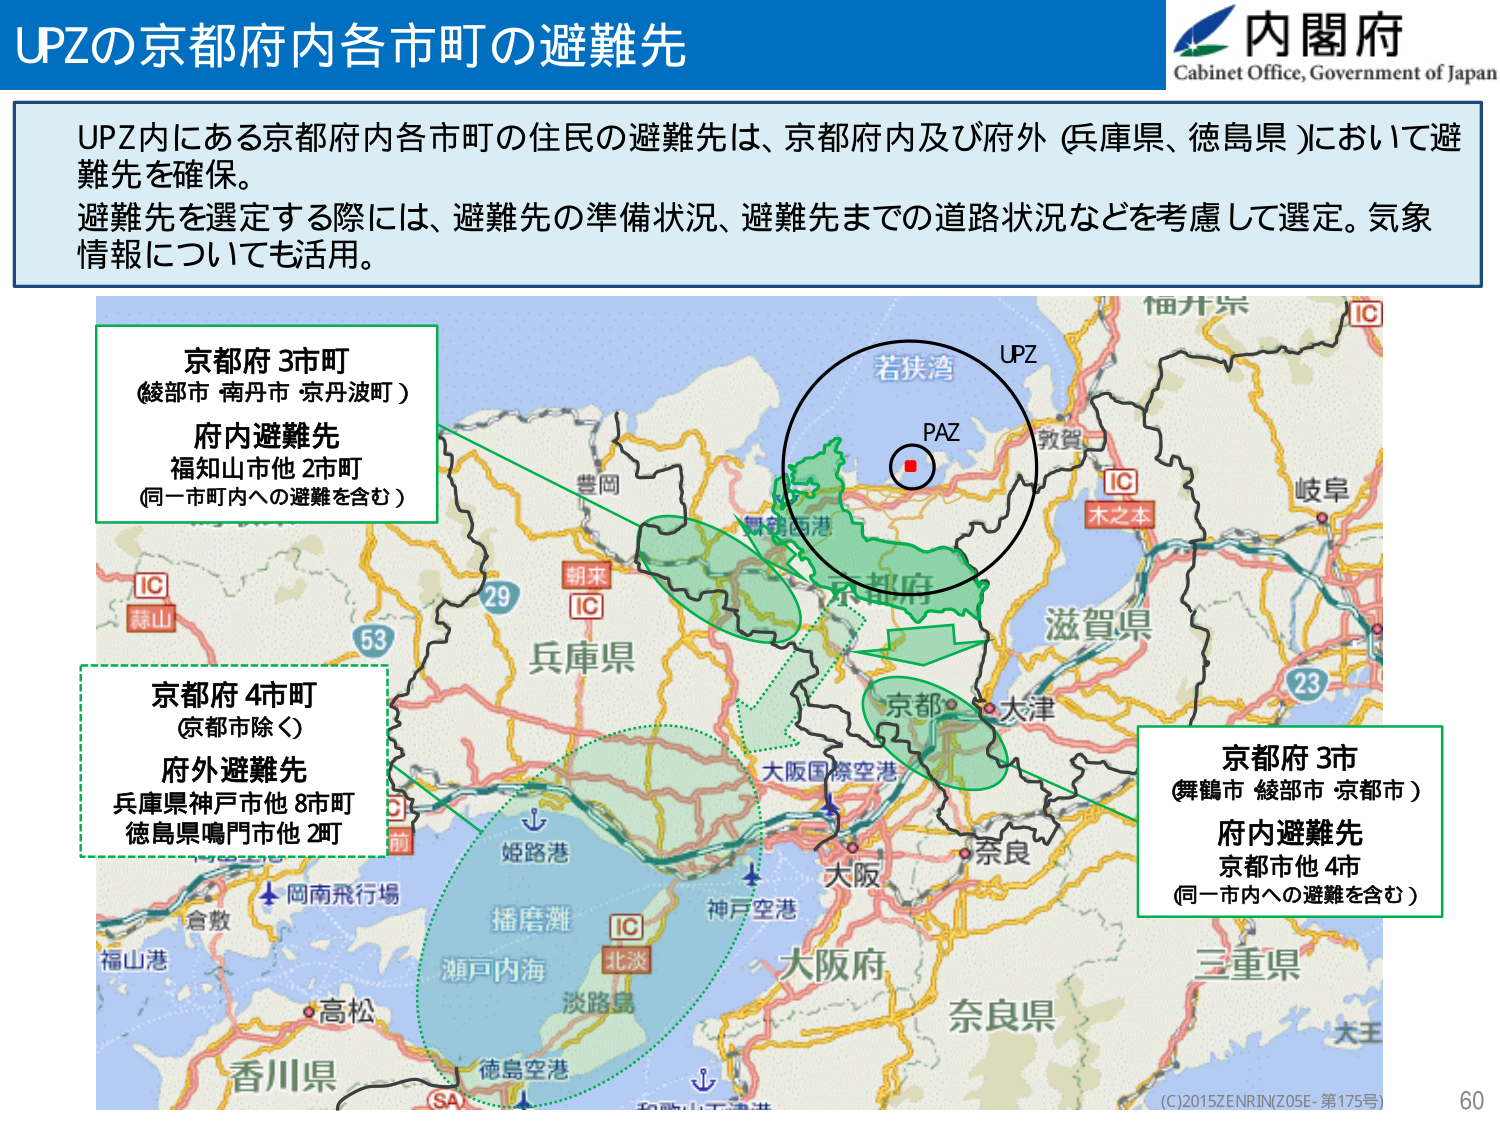
UPZの京都府内各市町の避難先

内閣府
Cabinet Office, Government of Japan

UPZ内にある京都府内各市町の住民の避難先は、京都府内及び府外（兵庫県、徳島県）において避難先を確保。
避難先を選定する際には、避難先の準備状況、避難先までの道路状況などを考慮して選定。気象情報についても活用。

京都府3市町
（綾部市 南丹市 京丹波町）
府内避難先
福知山市他2市町
（同一市町内への避難を含む）

京都府4市町
（京都市除く）
府外避難先
兵庫県神戸市他8市町
徳島県鳴門市他2町

京都府3市
（舞鶴市 綾部市 京都市）
府内避難先
京都市他4市
（同一市内への避難を含む）

UPZ
若狭湾
PAZ
敦賀
IC
木之本
岐阜
滋賀県
京都府
舞鶴西港
豊岡
朝来
IC
29
53
兵庫県
京都
大津
大阪国際空港
姫路港
岡南飛行場
倉敷
福山港
高松
香川県
播磨灘
瀬戸内海
淡路島
IC
北淡
神戸空港
大阪府
奈良
奈良県
三重県
大王
徳島空港
(SA)
和歌山下津港
(C)2015ZENRIN(Z05E-第175号)
60